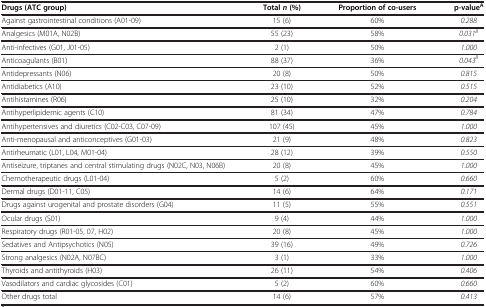
| Drugs (ATC group) | Total n (%) | Proportion of co-users | p-valueA |
 | --- | --- | --- | --- |
 | Against gastrointestinal conditions (A01-09) | 15 (6) | 60% | 0.288 |
 | Analgesics (M01A, N02B) | 55 (23) | 58% | 0.031B |
 | Anti-infectives (G01, J01-05) | 2 (1) | 50% | 1.000 |
 | Anticoagulants (B01) | 88 (37) | 36% | 0.043B |
 | Antidepressants (N06) | 20 (8) | 50% | 0.815 |
 | Antidiabetics (A10) | 23 (10) | 52% | 0.515 |
 | Antihistamines (R06) | 25 (10) | 32% | 0.204 |
 | Antihyperlipidemic agents (C10) | 81 (34) | 47% | 0.784 |
 | Antihypertensives and diuretics (C02-C03, C07-09) | 107 (45) | 45% | 1.000 |
 | Anti-menopausal and anticonceptives (G01-03) | 21 (9) | 48% | 0.823 |
 | Antirheumatic (L01, L04, M01-04) | 28 (12) | 39% | 0.550 |
 | Antiseizure, triptanes and central stimulating drugs (N02C, N03, N06B) | 20 (8) | 45% | 1.000 |
 | Chemotherapeutic drugs (L01-04) | 5 (2) | 60% | 0.660 |
 | Dermal drugs (D01-11, C05) | 14 (6) | 64% | 0.171 |
 | Drugs against urogenital and prostate disorders (G04) | 11 (5) | 55% | 0.551 |
 | Ocular drugs (S01) | 9 (4) | 44% | 1.000 |
 | Respiratory drugs (R01-05, 07, H02) | 20 (8) | 45% | 1.000 |
 | Sedatives and Antipsychotics (N05) | 39 (16) | 49% | 0.726 |
 | Strong analgesics (N02A, N07BC) | 3 (1) | 33% | 1.000 |
 | Thyroids and antithyroids (H03) | 26 (11) | 54% | 0.406 |
 | Vasodilators and cardiac glycosides (C01) | 5 (2) | 60% | 0.660 |
 | Other drugs total | 14 (6) | 57% | 0.413 |